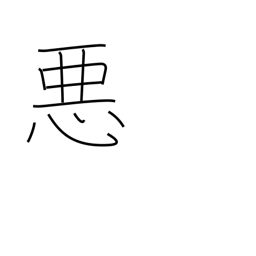
Meaning: bad